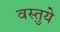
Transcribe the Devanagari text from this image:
वस्तुये